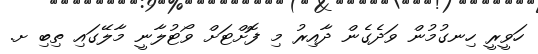
ހަވީރީ ހިނގުމުން ވަދެގެން ދާއިރު މި ފޮށްޓަށް ވޯޓުލާނީ މާލޭގައި ތިބި ށ.